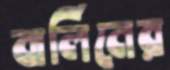
বার্লিনের